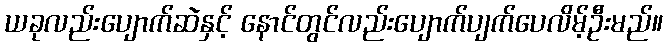
ယခုလည်းပျောက်ဆဲနှင့် နောင်တွင်လည်းပျောက်ပျက်ပေလိမ့်ဦးမည်။